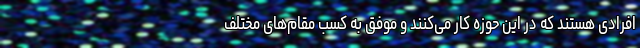
افرادی هستند که در این حوزه کار می‌کنند و موفق به کسب مقام‌های مختلف